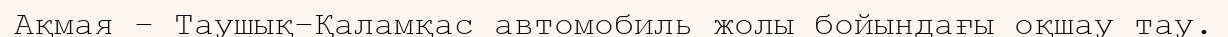
Ақмая – Таушық–Қаламқас автомобиль жолы бойындағы оқшау тау.